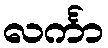
လင်္ကာ